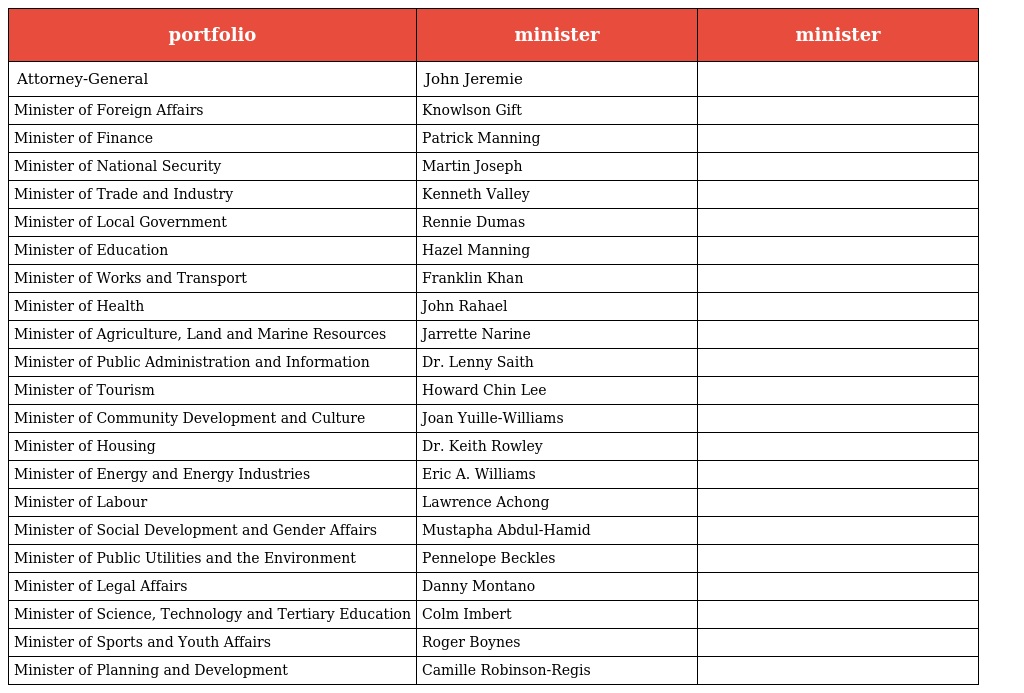
| portfolio | minister | minister |
 | --- | --- | --- |
 | Attorney-General | John Jeremie |  |
 | Minister of Foreign Affairs | Knowlson Gift |  |
 | Minister of Finance | Patrick Manning |  |
 | Minister of National Security | Martin Joseph |  |
 | Minister of Trade and Industry | Kenneth Valley |  |
 | Minister of Local Government | Rennie Dumas |  |
 | Minister of Education | Hazel Manning |  |
 | Minister of Works and Transport | Franklin Khan |  |
 | Minister of Health | John Rahael |  |
 | Minister of Agriculture, Land and Marine Resources | Jarrette Narine |  |
 | Minister of Public Administration and Information | Dr. Lenny Saith |  |
 | Minister of Tourism | Howard Chin Lee |  |
 | Minister of Community Development and Culture | Joan Yuille-Williams |  |
 | Minister of Housing | Dr. Keith Rowley |  |
 | Minister of Energy and Energy Industries | Eric A. Williams |  |
 | Minister of Labour | Lawrence Achong |  |
 | Minister of Social Development and Gender Affairs | Mustapha Abdul-Hamid |  |
 | Minister of Public Utilities and the Environment | Pennelope Beckles |  |
 | Minister of Legal Affairs | Danny Montano |  |
 | Minister of Science, Technology and Tertiary Education | Colm Imbert |  |
 | Minister of Sports and Youth Affairs | Roger Boynes |  |
 | Minister of Planning and Development | Camille Robinson-Regis |  |